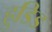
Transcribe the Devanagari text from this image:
हुडिड